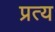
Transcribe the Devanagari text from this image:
प्रत्य